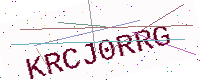
Text: KRCJ0RRG